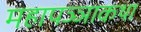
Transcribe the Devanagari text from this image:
महापञ्ञाकथा